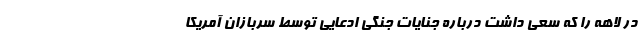
در لاهه را که سعی داشت درباره جنایات جنگی ادعایی توسط سربازان آمریکا